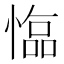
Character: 𢠑